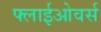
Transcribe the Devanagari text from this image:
फ्लाईओवर्स